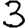
Digit: 3